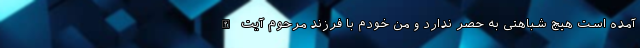
آمده است هیچ شباهتی به حصر ندارد و من خودم با فرزند مرحوم آیت الله